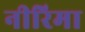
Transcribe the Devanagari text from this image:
नीरिमा